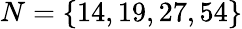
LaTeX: N=\{ 14,19,27,54\}